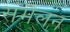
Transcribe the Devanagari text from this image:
संमॆलन